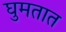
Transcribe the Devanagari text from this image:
घुमतात